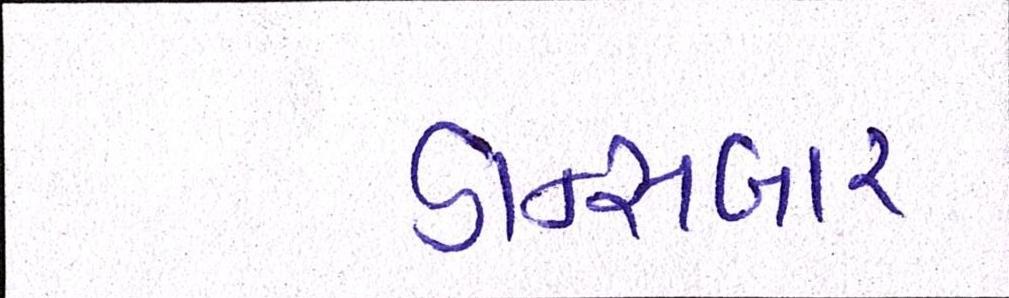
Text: ડાન્સબાર